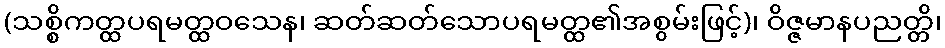
(သစ္စိကတ္ထပရမတ္ထဝသေန၊ ဆတ်ဆတ်သောပရမတ္ထ၏အစွမ်းဖြင့်)၊ ဝိဇ္ဇမာနပညတ္တိ၊